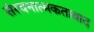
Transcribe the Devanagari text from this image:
संरचनात्मकतावाद